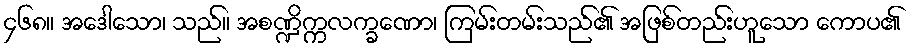
၄၆၈။ အဒေါသော၊ သည်။ အစဏ္ဍိက္ကလက္ခဏော၊ ကြမ်းတမ်းသည်၏ အဖြစ်တည်းဟူသော ကောပ၏